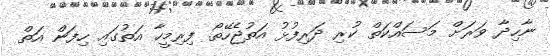
ނާހިދާ ވަރަށް މަސައްކަތް ކުރި ދަރިފުޅު އަތުޖެހޭތޯ. ފިރިމީހާ އަތުގައި ހިފަން އަތް